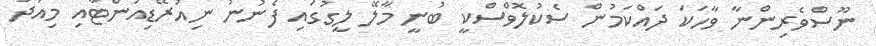
ނޫސްވެރިންނާ ވާހަކަ ދައްކަމުން ސެކުލޮވްސްކީ ބުނީ މާލޭ ލީގުގައި ފެނުނު ނިއުރޭޑިއަންޓާއި މިއަދު